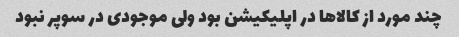
چند مورد از کالاها در اپلیکیشن بود ولی موجودی در سوپر نبود